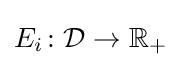
E_{i}\colon {\mathcal {D}}\to \mathbb {R} _{+}